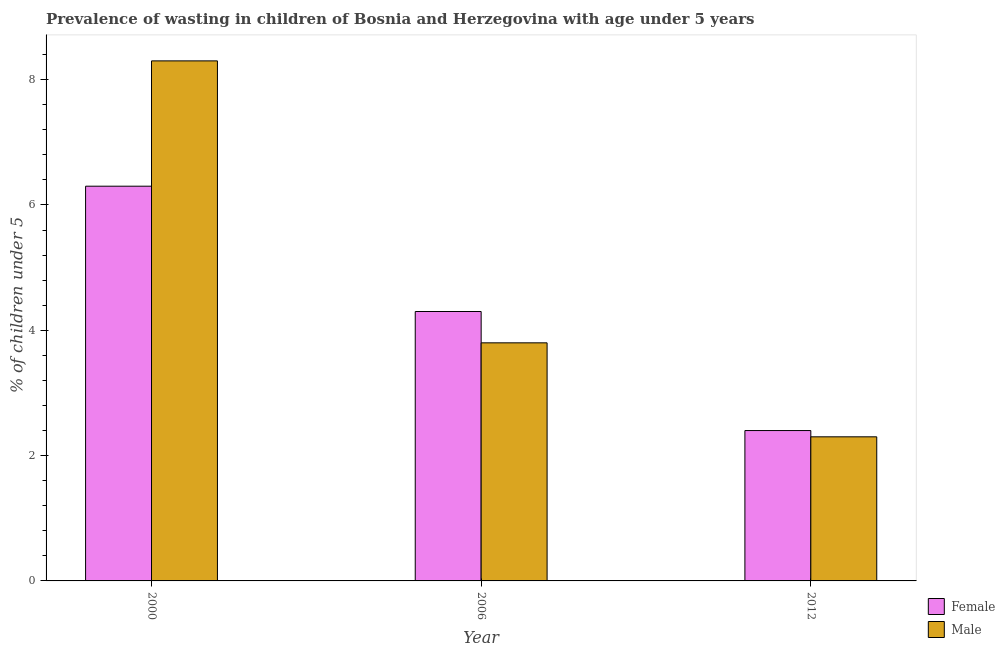
| Year | Female | Male |
 | --- | --- | --- |
 | 2000 | 6.3 | 8.3 |
 | 2006 | 4.3 | 3.8 |
 | 2012 | 2.4 | 2.3 |